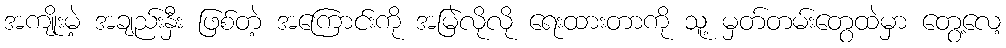
အကျိုးမဲ့ အချည်းနှီး ဖြစ်တဲ့ အကြောင်းကို အမြဲလိုလို ရေးထားတာကို သူ့ မှတ်တမ်းတွေထဲမှာ တွေ့လေ့